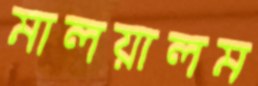
মালয়ালম